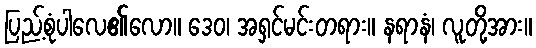
ပြည့်စုံပါလေ၏လော။ ဒေဝ၊ အရှင်မင်းတရား။ နရာနံ၊ လူတို့အား။